Note on the mental hospitals in Burma - 1925-1940
Year: 1925
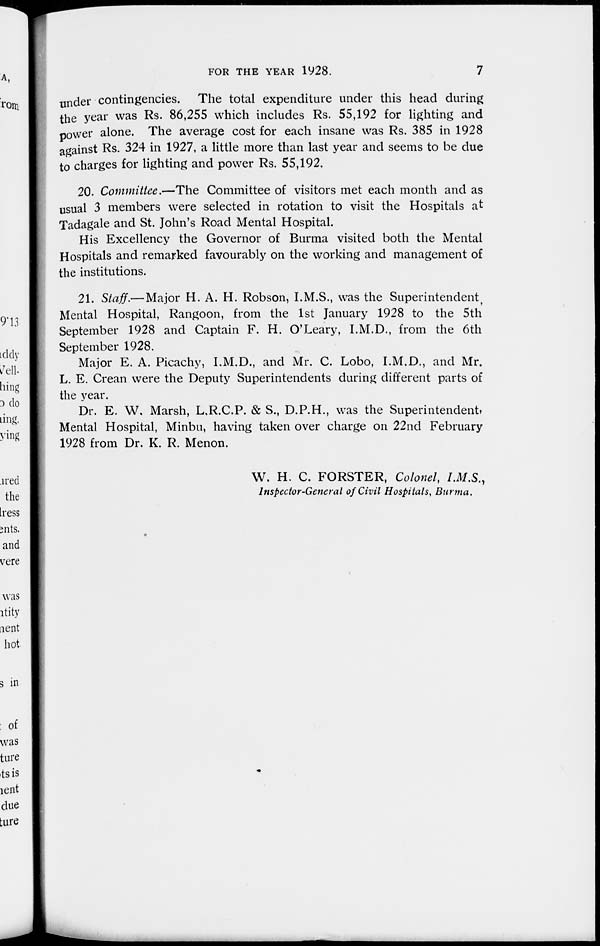
FOR THE YEAR 1928.
7
under contingencies. The total expenditure under this head during
the year was Rs. 86,255 which includes Rs. 55,192 for lighting and
power alone. The average cost for each insane was Rs. 385 in 1928
against Rs. 324 in 1927, a little more than last year and seems to be due
to charges for lighting and power Rs. 55,192.
20. Committee.—The Committee of visitors met each month and as
usual 3 members were selected in rotation to visit the Hospitals at
Tadagale and St. John's Road Mental Hospital.
His Excellency the Governor of Burma visited both the Mental
Hospitals and remarked favourably on the working and management of
the institutions.
21. Staff.—Major H. A. H. Robson, I.M.S., was the Superintendent,
Mental Hospital, Rangoon, from the 1st January 1928 to the 5th
September 1928 and Captain F. H. O'Leary, I.M.D., from the 6th
September 1928.
Major E. A. Picachy, I.M.D., and Mr. C. Lobo, I.M.D., and Mr.
L. E. Crean were the Deputy Superintendents during different parts of
the year.
Dr. E. W. Marsh, L.R.C.P. & S., D.P.H., was the Superintendent,
Mental Hospital, Minbu, having taken over charge on 22nd February
1928 from Dr. K. R. Menon.
W. H. C. FORSTER, Colonel, I.M.S.,
Inspector-General of Civil Hospitals, Burma.